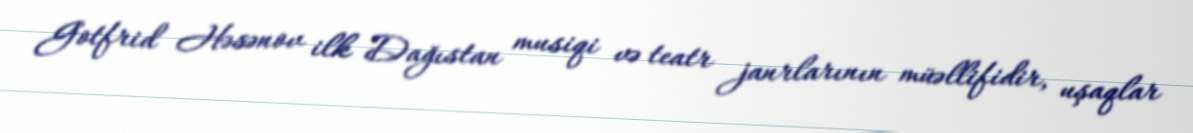
Gotfrid Həsənov ilk Dağıstan musiqi və teatr janrlarının müəllifidir, uşaqlar